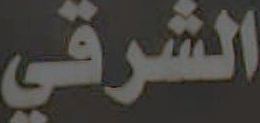
الشرقي